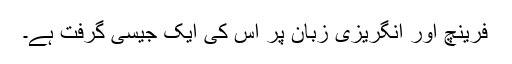
فرینچ اور انگریزی زبان پر اس کی ایک جیسی گرفت ہے۔